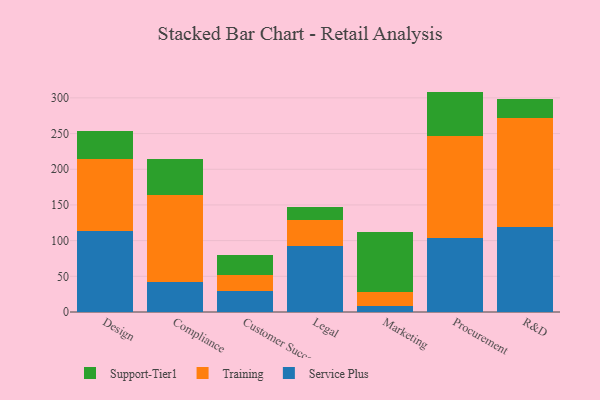
{"axis": {"x": "Department", "y": "Latency (ms)"}, "legend": ["Service Plus", "Support-Tier1", "Training"], "data": [{"x": "Design", "y": 113.6, "type": "Service Plus"}, {"x": "Design", "y": 101.1, "type": "Training"}, {"x": "Design", "y": 38.6, "type": "Support-Tier1"}, {"x": "Compliance", "y": 41.8, "type": "Service Plus"}, {"x": "Compliance", "y": 121.6, "type": "Training"}, {"x": "Compliance", "y": 51.1, "type": "Support-Tier1"}, {"x": "Customer Success", "y": 29.2, "type": "Service Plus"}, {"x": "Customer Success", "y": 22.9, "type": "Training"}, {"x": "Customer Success", "y": 27.1, "type": "Support-Tier1"}, {"x": "Legal", "y": 91.9, "type": "Service Plus"}, {"x": "Legal", "y": 37.5, "type": "Training"}, {"x": "Legal", "y": 17.6, "type": "Support-Tier1"}, {"x": "Marketing", "y": 8.9, "type": "Service Plus"}, {"x": "Marketing", "y": 19.5, "type": "Training"}, {"x": "Marketing", "y": 83.5, "type": "Support-Tier1"}, {"x": "Procurement", "y": 103.2, "type": "Service Plus"}, {"x": "Procurement", "y": 142.7, "type": "Training"}, {"x": "Procurement", "y": 62.9, "type": "Support-Tier1"}, {"x": "R&D", "y": 119.2, "type": "Service Plus"}, {"x": "R&D", "y": 153.0, "type": "Training"}, {"x": "R&D", "y": 26.2, "type": "Support-Tier1"}]}